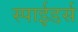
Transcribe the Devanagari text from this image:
स्पाईडर्स